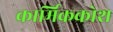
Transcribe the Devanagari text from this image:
कार्मिककोश